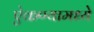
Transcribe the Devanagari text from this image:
ऐकण्यामध्ये